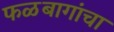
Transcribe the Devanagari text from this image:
फळबागांचा